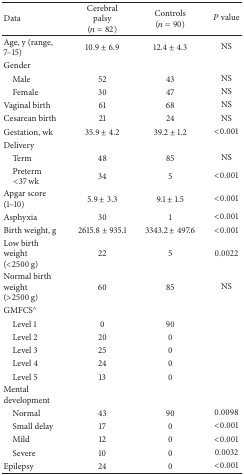
| Data | Cerebral palsy(n = 82) | Controls(n = 90) | P value |
 | --- | --- | --- | --- |
 | Age, y (range, 7–15) | 10.9 ± 6.9 | 12.4 ± 4.3 | NS |
 | Gender |  |  |  |
 | Male | 52 | 43 | NS |
 | Female | 30 | 47 | NS |
 | Vaginal birth | 61 | 68 | NS |
 | Cesarean birth | 21 | 24 | NS |
 | Gestation, wk | 35.9 ± 4.2 | 39.2 ± 1.2 | <0.001 |
 | Delivery |  |  |  |
 | Term | 48 | 85 | NS |
 | Preterm <37 wk | 34 | 5 | <0.001 |
 | Apgar score (1–10) | 5.9 ± 3.3 | 9.1 ± 1.5 | <0.001 |
 | Asphyxia | 30 | 1 | <0.001 |
 | Birth weight, g | 2615.8 ± 935.1 | 3343.2 ± 497.6 | <0.001 |
 | Low birth weight (<2500 g) | 22 | 5 | 0.0022 |
 | Normal birth weight (>2500 g) | 60 | 85 | NS |
 | GMFCS∧ |  |  |  |
 | Level 1 | 0 | 90 |  |
 | Level 2 | 20 | 0 |  |
 | Level 3 | 25 | 0 |  |
 | Level 4 | 24 | 0 |  |
 | Level 5 | 13 | 0 |  |
 | Mental development |  |  |  |
 | Normal | 43 | 90 | 0.0098 |
 | Small delay | 17 | 0 | <0.001 |
 | Mild | 12 | 0 | <0.001 |
 | Severe | 10 | 0 | 0.0032 |
 | Epilepsy | 24 | 0 | <0.001 |